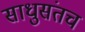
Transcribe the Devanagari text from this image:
साधुसंतच